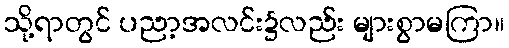
သို့ရာတွင် ပညာ့အလင်း၌လည်း များစွာမကြာ။